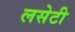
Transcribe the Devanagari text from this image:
लसेटी